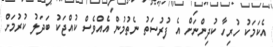
އެކަމަކު ހުރިހާ ކުދިންނަށް އެ ފުރުސަތު ނެތުމުން އެއްވެސް ކުއްޖަކު ބަދަލު ކުރުމަށް